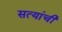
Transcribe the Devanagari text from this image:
सत्यांची